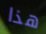
هذا